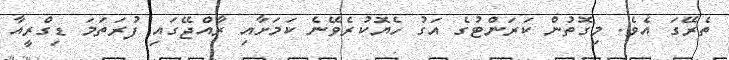
ތެރޭގަ އެވެ. މިގޮތުން ކަރަންޓުގެ އަގު ހެޔޮކުރެވޭނެ ކަމަށާއި ރާއްޖޭގައި ފުރަތަމަ ޑިގްރީއާ